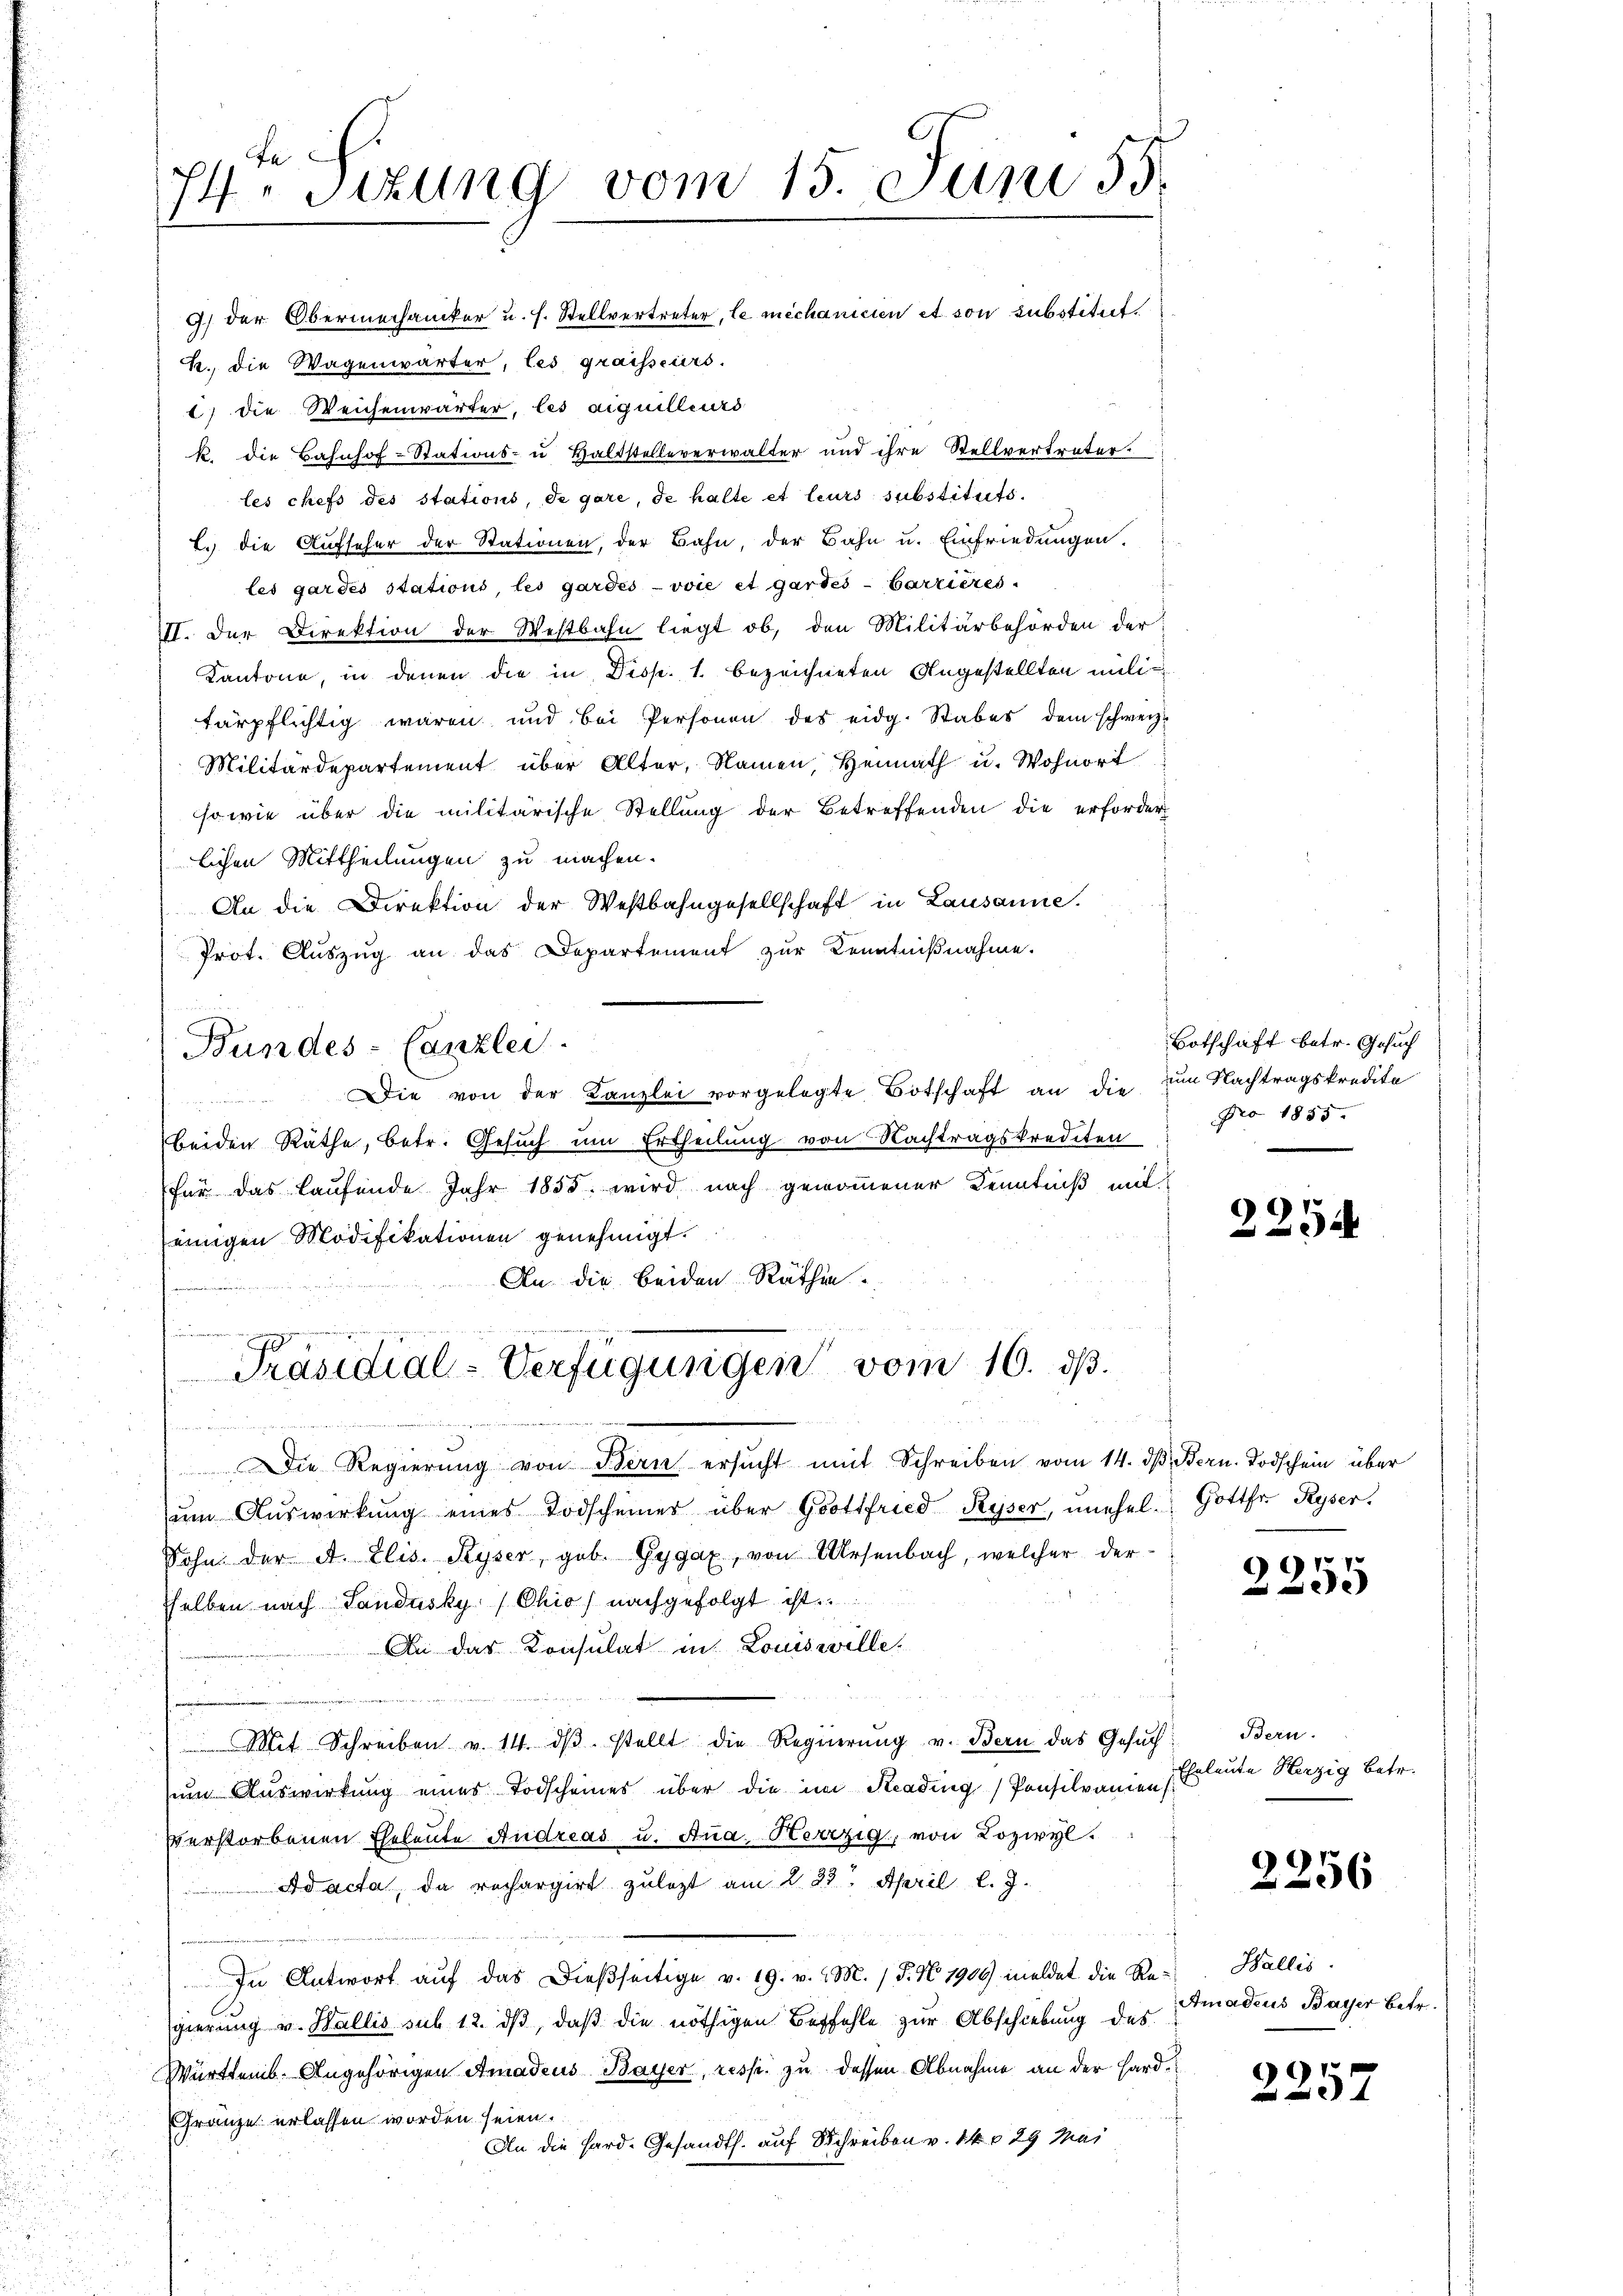
74. Sizung vom 15. Juni 55.
9) der Obermechaniker u. s. Stellvertreter, le mechanicien et von substitut
k., die Wagenwärter, les graisseurs.

1) die Weichenwärter, les aiguilleurs
k. die Bahnhof-Stations- u Haltstellererwalter und ihre Stellvertreter.
les chefs des stations, de gare, de halte et leurs substituts.
. die Aufseher der Stationen, der Bahn, der Bahn u. Einfriedungen.
les gardes stations, les gardes voie et gartei- Carrieres-
II. Der Direktion der Westbahn liegt ob, den Militärbehörden der
Kantone, in denen die in Disp. 1. bezeichneten Angestellten mili
tärpflichtig waren und bei Personen des eidg. Stabes dem schweiz.
Militärdepartement über Alter, Namen, Heimath u. Wohnort
sowie über die militärische Stellung der Betreffenden die erforder
lichen Mittheilungen zu machen.
An die Direktion der Westbahngesellschaft in Lausanne.
Prot. Auszug an das Departement zur Kenntnißnahme.

beiden Räthe, betr. Gesuch um Ertheilung von Nachtragskrediten
für das laufende Jahr 1855. wird nach genommener Kenntniß mit
einigen Modifikationen genehmigt.
An die beiden Räthen.
e

Bundes-Canzlei.
Die von der Kanzlei vorgelegte Botschaft an die zum Nachtragskredita

gealtete
Präsidial-Verfügungen vom 10. ds.

Die Regierŭng von Bern ersŭcht mit Schreiben vom 14. dβ Bern. Todschein über
um Auswirkung eines Todscheiner über Gottfried Ryser, unehel. Gottfr. Ryser.
Sohn der A. Elis. Ryser, geb. Gygax, von Ursenbach, welcher der
selben nach Landasky/Chio) nachgefolgt ist.
An das Konsulat in Louiswille.
Mit Schreiben v. 14. dβ stellt die Regierŭng v. Bern das Gesŭch
zum Auswirkung einer Todscheines über die im Kading Pensilvanien
serstorbenen Eheleute Andreas u. Ana, Herrzig, von Loziyl.
Ad acta, da rechargirt zulezt am 223. April l. J.
In Antwort auf das Dießseitige v. 19. v. M. / P. No 1900 meldet die Regierung v. Wallis sub 12. dβ, daß die nöthigen Befehle zur Abschiebung des
Württemb. Angehörigen Amadeus Bayer, resp. zu dessen Abnahme an der Hard¬
Gränze erlassen worden seien.
An die Hard-Gesandth. auf Schreiben v. 14 § 29 Mai

Botschaft betr. Gesuch
Nro 1855.

2254

2255

Bern.
Eheleute Herzig Betr.

2256

Wallis.
Amadeus Bayer betr.

2257